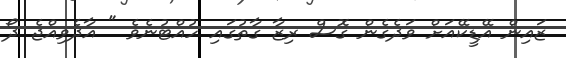
ޒައިން އޭޑީކޭއަށް ވަދެގެން ގޮސް ރިޒާ ގާތުގައި ހުއްޓުނެވެ " އާދެވިއްޖެ ދޯ